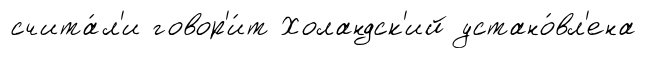
счита́л'и говор'и́т Холандск'ий устано́вл'ена